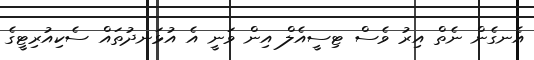
އެނގެން ނެތް އިރު ވެސް ޓިސީއެލް އިން ވަނީ އެ އުޅަނދުތައް ސެކިއުރިޓީގެ